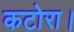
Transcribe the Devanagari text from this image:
कटोरा।